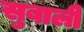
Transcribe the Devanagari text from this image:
सुबाली